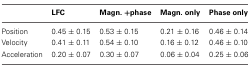
|  | LFC | Magn. +phase | Magn. only | Phase only |
 | --- | --- | --- | --- | --- |
 | Position | 0.45 ± 0.15 | 0.53 ± 0.15 | 0.21 ± 0.16 | 0.46 ± 0.14 |
 | Velocity | 0.41 ± 0.11 | 0.54 ± 0.10 | 0.16 ± 0.12 | 0.46 ± 0.10 |
 | Acceleration | 0.20 ± 0.07 | 0.30 ± 0.07 | 0.06 ± 0.04 | 0.25 ± 0.06 |